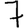
Digit: 7